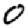
Digit: 0